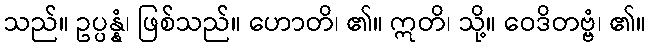
သည်။ ဥပ္ပန္နံ၊ ဖြစ်သည်။ ဟောတိ၊ ၏။ ဣတိ၊ သို့။ ဝေဒိတဗ္ဗံ၊ ၏။